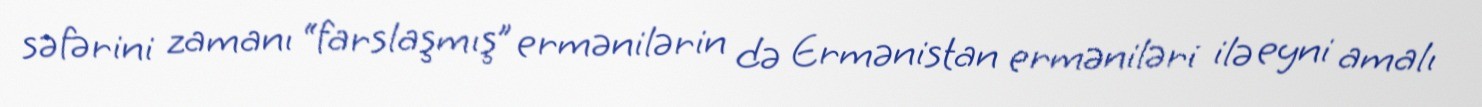
səfərini zamanı “farslaşmış” ermənilərin də Ermənistan erməniləri ilə eyni amalı